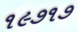
૧૯૭૧૭